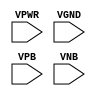
module sky130_fd_sc_lp__decap (
    VPWR,
    VGND,
    VPB ,
    VNB
);

    input VPWR;
    input VGND;
    input VPB ;
    input VNB ;
endmodule